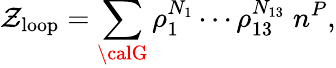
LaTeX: \mathcal{Z}_{\mathrm{{loop}}}=\sum_{{\calG}}\rho_{1}^{N_{1}}\cdots\rho_{13}^{N_{13}}\; n^{P},